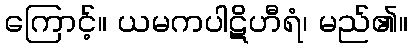
ကြောင့်။ ယမကပါဋိဟီရံ၊ မည်၏။